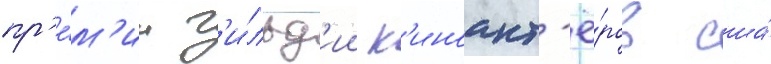
пр'е́м'ии г'и́льд'ии к'иноакт'ё́ров сша́